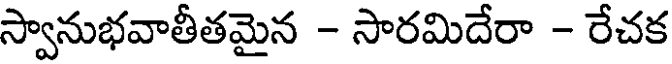
స్వానుభవాతీతమైన - సారమిదేరా - రేచక